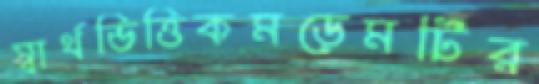
স্বার্থভিত্তিকমডেমটির